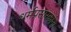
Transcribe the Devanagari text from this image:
धर्मप्रसारकांना